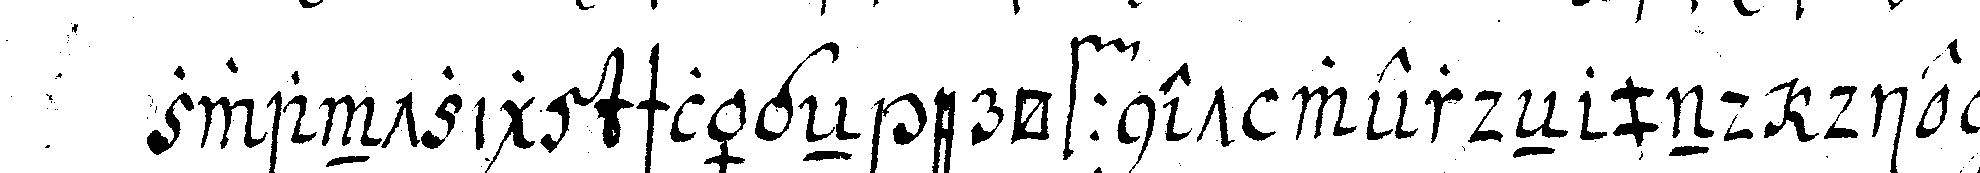
zwantzig schlägeN eröffnet werdeN und die meh